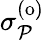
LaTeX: \sigma_{\mathcal{P}}^{\mathrm{(o)}}